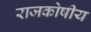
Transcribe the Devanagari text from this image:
राजकोषीय